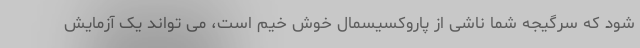
شود که سرگیجه شما ناشی از پاروکسیسمال خوش خیم است، می تواند یک آزمایش